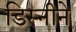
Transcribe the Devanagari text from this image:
डिस्नीने